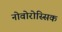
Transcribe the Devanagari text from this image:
नोवोरोस्सिक